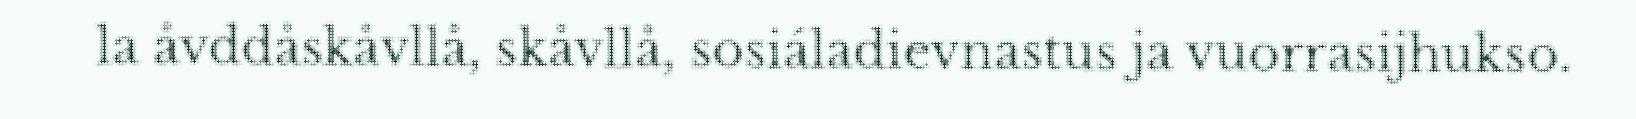
la åvddåskåvllå, skåvllå, sosiáladievnastus ja vuorrasijhukso.